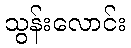
သွန်းလောင်း